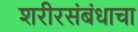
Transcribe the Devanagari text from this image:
शरीरसंबंधाचा